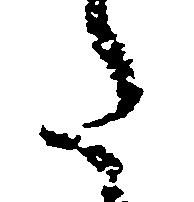
た